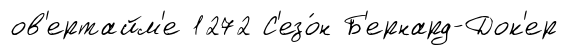
ов'ертайм'е 1272 С'езо́н Б'ернард-Док'ер